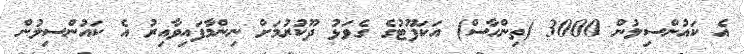
އެ ކައުންސިލުން 3000 (ތިންހާސް) އަކަފޫޓުގެ ގެވަޅު ދޫކުރުމަށް ނިންމާފައިވާއިރު އެ ކައުންސިލުން